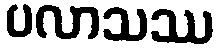
ပလာသဿ